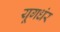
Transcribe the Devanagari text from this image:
यूगधंर